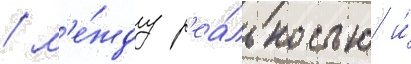
/ м'е́жду р'еа́льностью и́